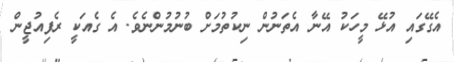
އެގޭގައި އުޅޭ މީހަކު އޭނާ އެތަނުން ނިކުތުމަށް ބުނުމުންނެވެ. އެ ގެއަކީ ރެފިއުޖީން